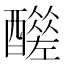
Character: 𨣣